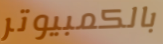
بالكمبيوتر